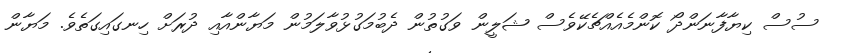
ސުސް ކިޔާފާނަންދޯ ކޮންމެއެއްޗެކޭވެސް ޝަލީން ވަގުތުން ދެބުމަގުޅުވާލަމުން މަޔާންއާއި ދުރަށް ހިނގައިގަތެވެ. މަޔާން